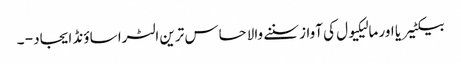
بیکٹیریا اور مالیکیول کی آواز سننے والا حساس ترین الٹرا ساؤنڈ ایجاد - ۔